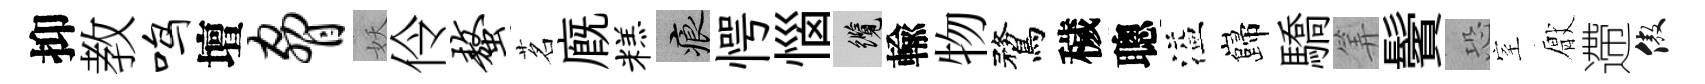
抑教鸣壇胁妖伶螯茗廐糕痕愕惱纜輸物鶩穢聰溢巋驕筭鬢恐室厭遰傲